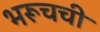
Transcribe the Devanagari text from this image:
भरूचची